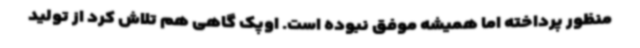
منظور پرداخته اما همیشه موفق نبوده است. اوپک گاهی هم تلاش کرد از تولید